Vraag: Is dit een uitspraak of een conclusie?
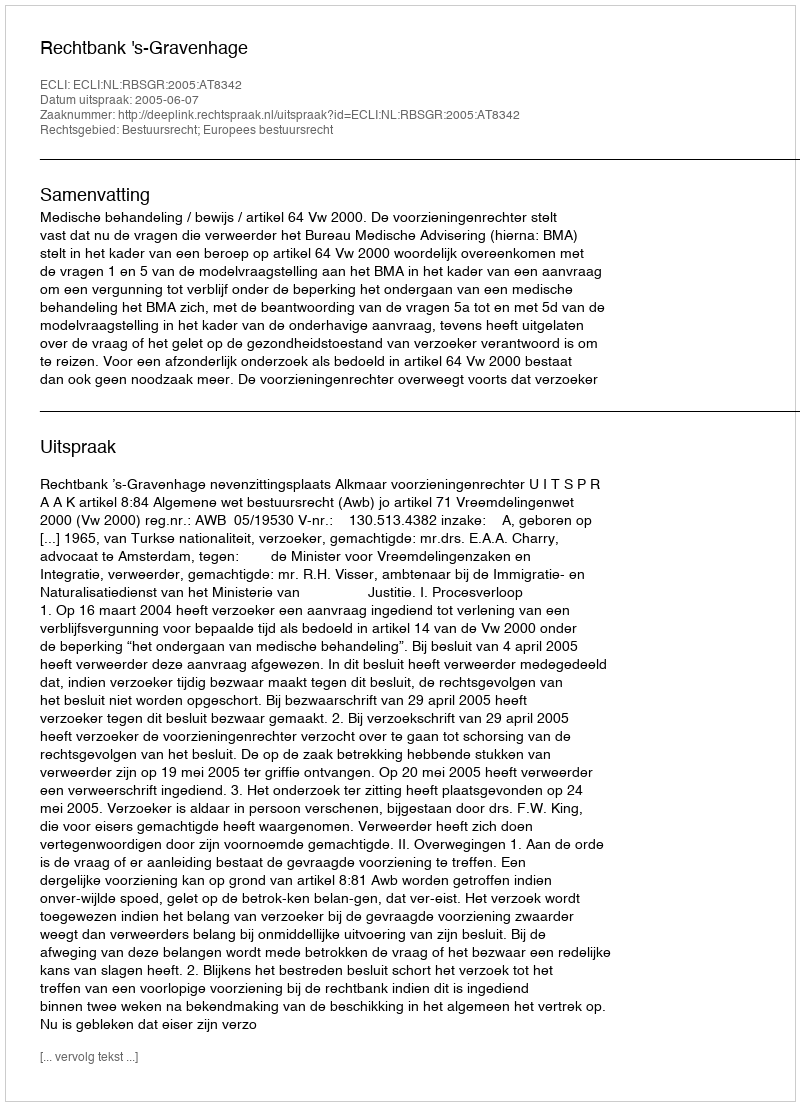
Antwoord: Uitspraak